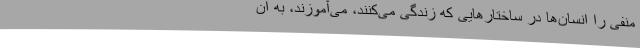
منفی را انسان‌ها در ساختارهایی که زندگی می‌کنند، می‌آموزند، به آن